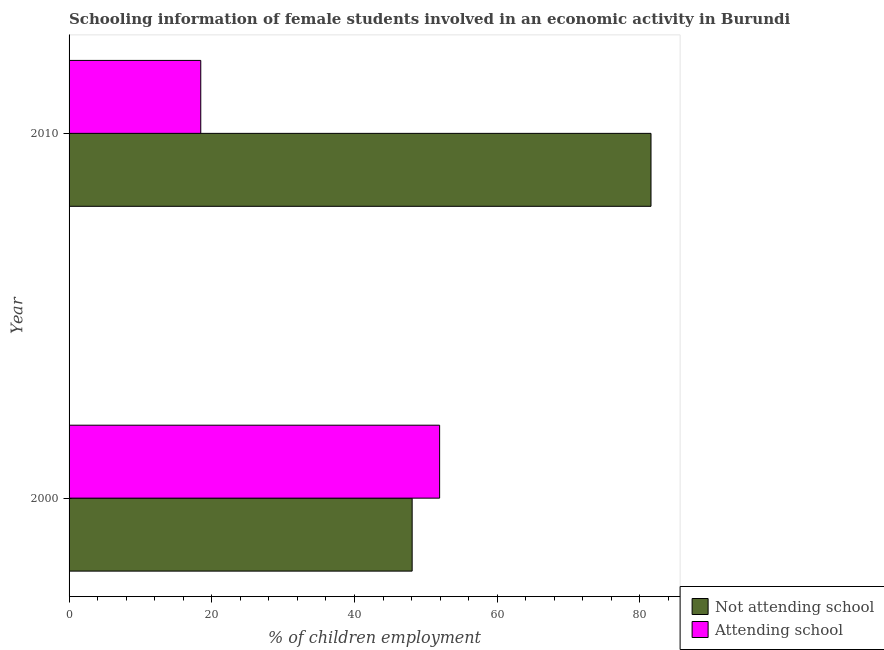
| Year | Not attending school | Attending school |
 | --- | --- | --- |
 | 2000 | 48.1 | 51.9 |
 | 2010 | 81.5 | 18.5 |